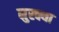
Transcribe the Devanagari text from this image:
मुस्क्या